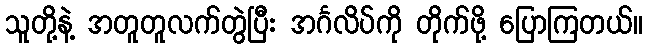
သူတို့နဲ့ အတူတူလက်တွဲပြီး အင်္ဂလိပ်ကို တိုက်ဖို့ ပြောကြတယ်။